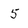
Character: 5